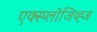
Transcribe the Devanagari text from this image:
एक्स्प्लोजिव्ह्ज